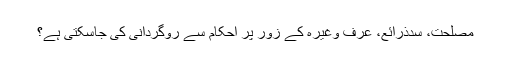
مصلحت، سدذرائع، عرف وغیرہ کے زور پر احکام سے روگردانی کی جاسکتی ہے؟